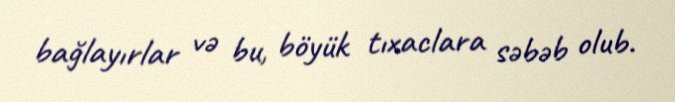
bağlayırlar və bu, böyük tıxaclara səbəb olub.